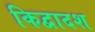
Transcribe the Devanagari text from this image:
किद्वादश